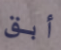
أبق